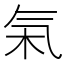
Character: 𬇏